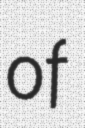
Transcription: of